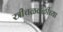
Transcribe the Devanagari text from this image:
स्त्रीचळवळीच्या